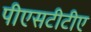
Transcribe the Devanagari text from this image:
पीएसटीटीए